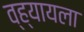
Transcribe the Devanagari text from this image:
व्ह्यायला